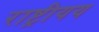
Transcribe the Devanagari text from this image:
राष्ट्रीयय